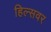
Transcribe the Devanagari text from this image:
हिल्सवर